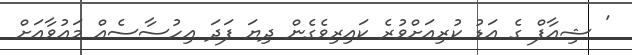
' ޝިއާފް ގެ އަޑު ކުރިއަށްވުރެ ކައިރިވެގެން ދިޔަ ފަދަ އިހުސާސެއް މައުވާއަށް